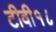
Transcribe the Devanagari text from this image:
टीवी१८